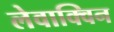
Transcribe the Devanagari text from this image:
लेवाक्विन